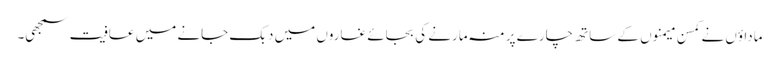
ماداؤں نے کمسن میمنوں کے ساتھ چارے پر منہ مارنے کی بجائے غاروں میں دبک جانے میں عافیت سمجھی۔